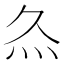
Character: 𤆐